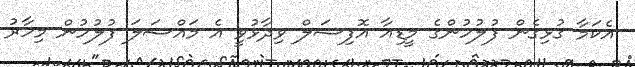
އެކަމާ ގުޅިގެން ފުލުހުންގެ މީޑިއާ އޮފިޝަލް ވިދާޅުވީ އެ މައްސަލަ ފުލުހުން މިހާރު